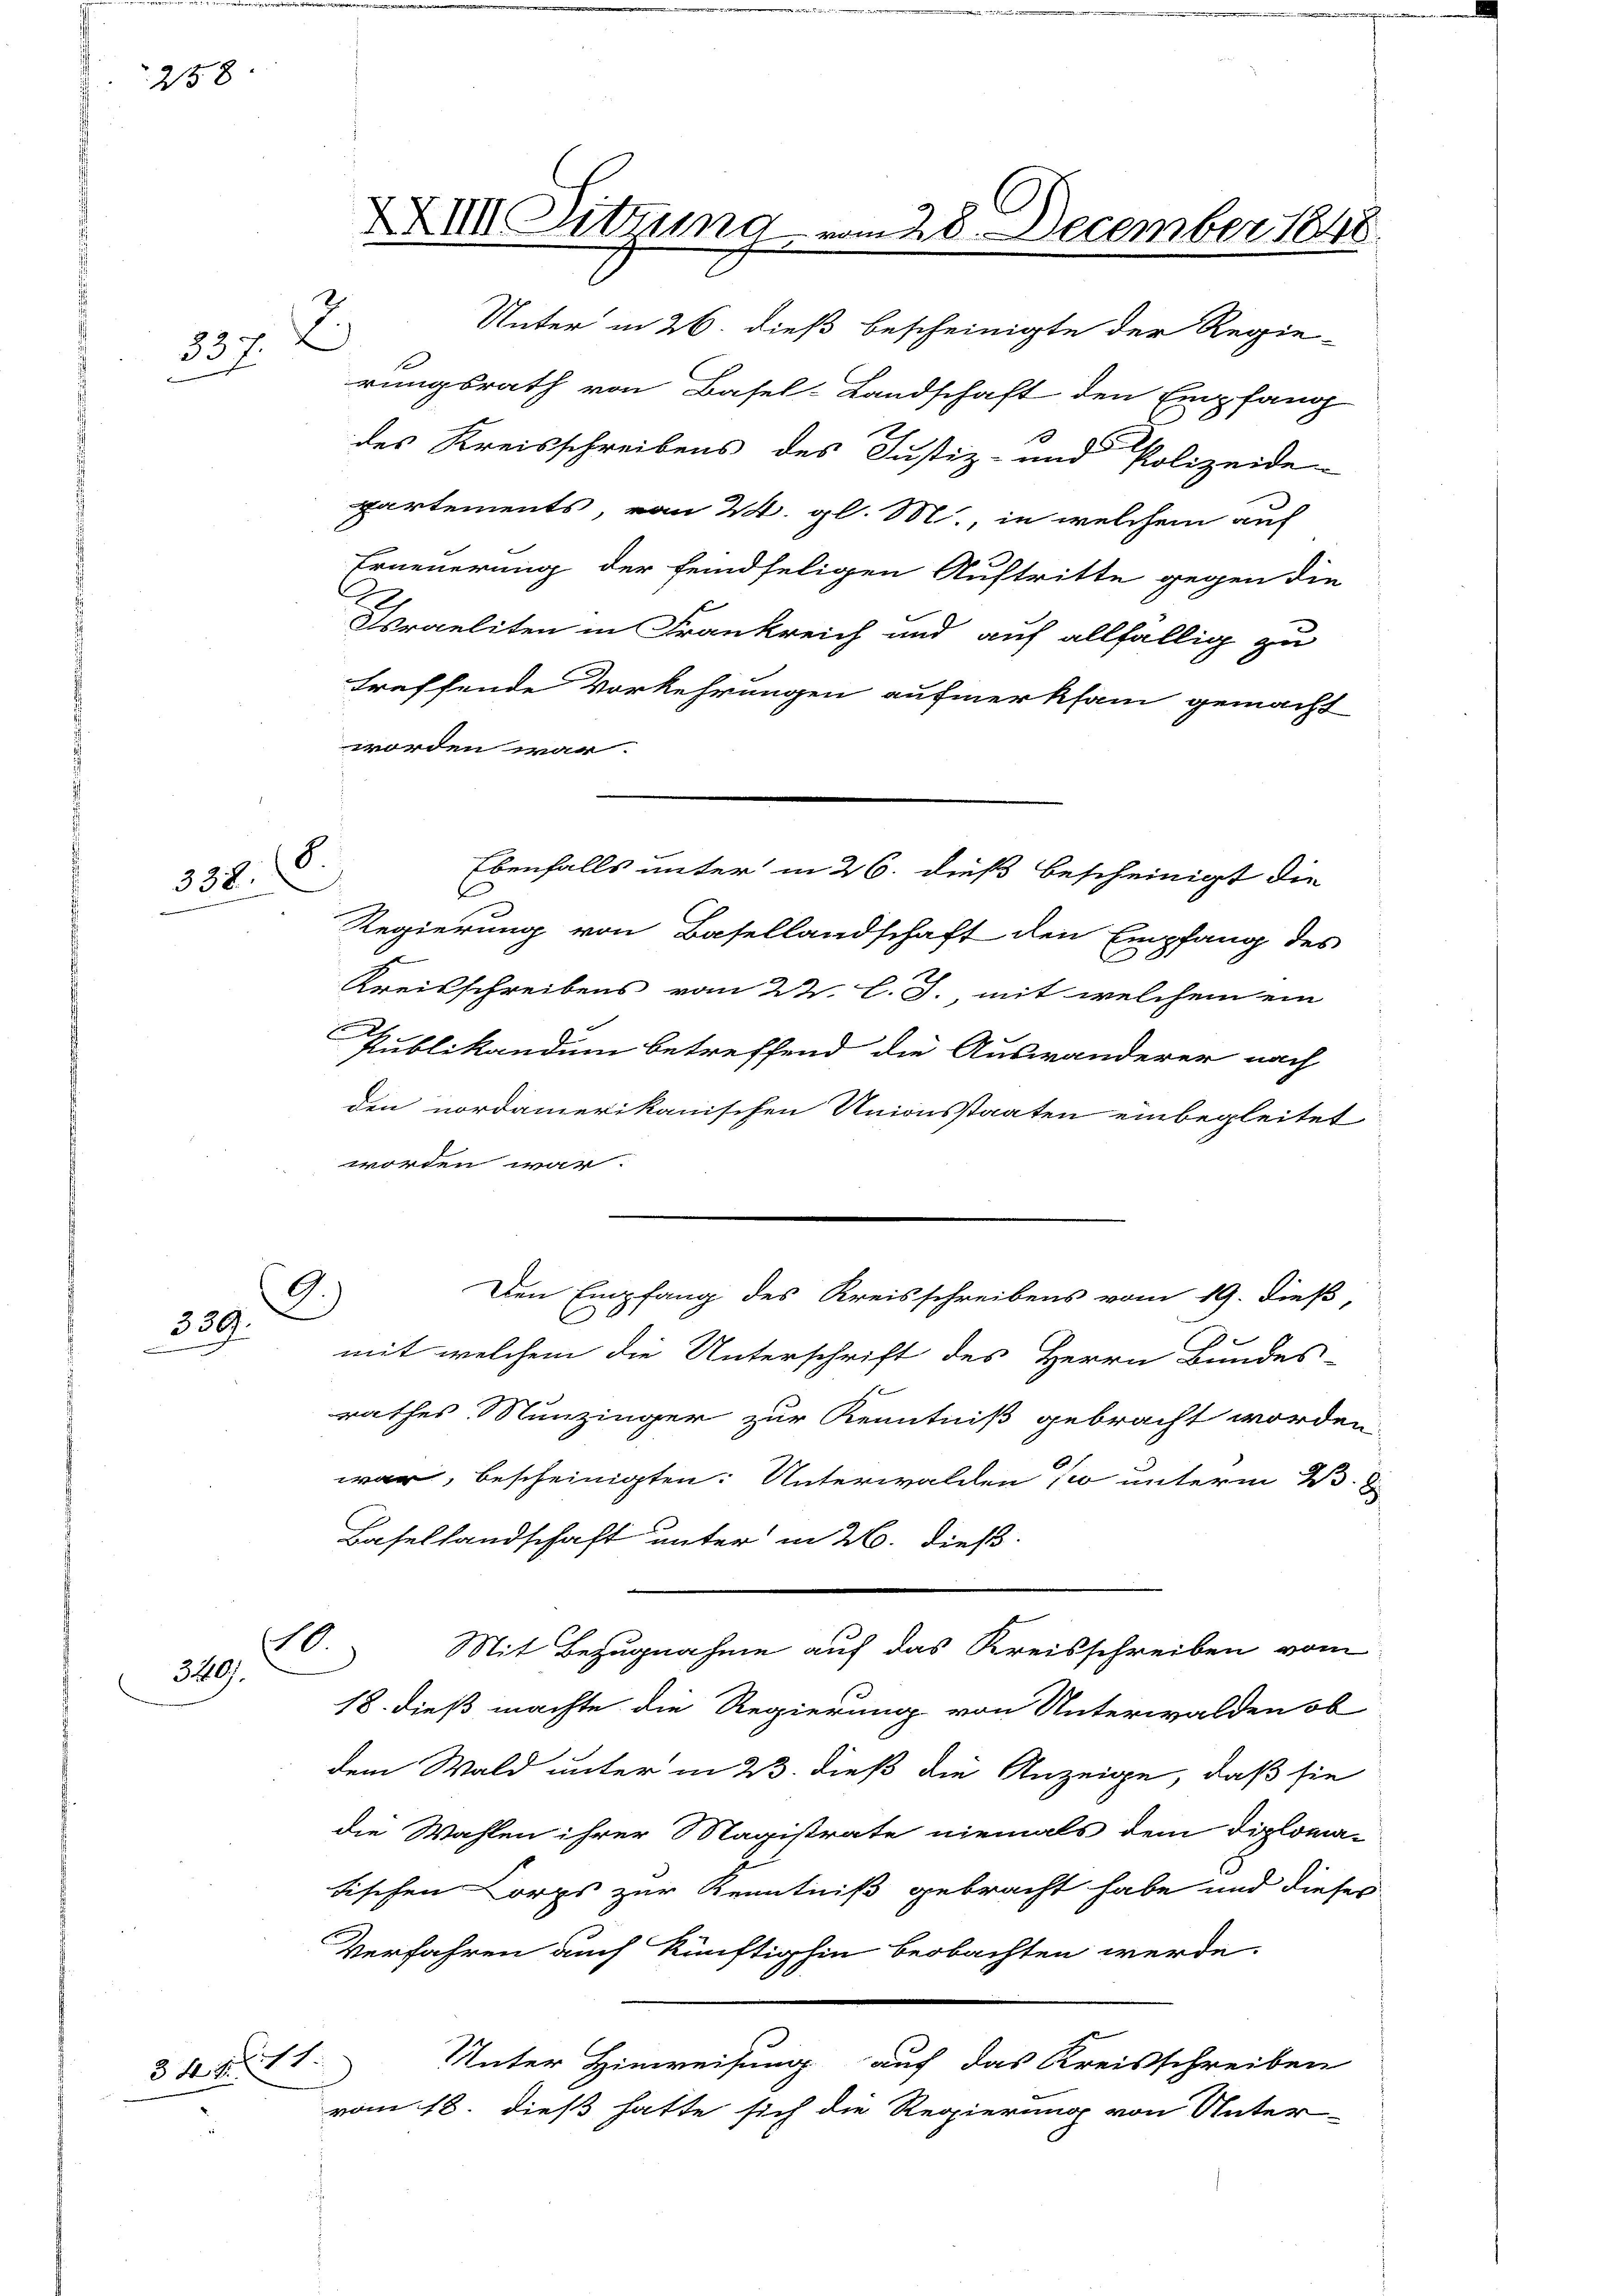
25 x

e

337. 7

8
338.

339.

320.

344. 11.

XXIII. Sitzung vom 28. December 1848.

Unter in 26. dieß bescheinigte der Regie-
rungsrath von Basel-Landschaft den Empfang
des Kreisschreibens des Justiz- und Polizeide
partements, vom 24. gl. M., in welchem auf
Erneuerung der feindseligen Auftritte gegen die
Fergeliten in Frankreich und auf allfällig zu
treffende Vorkehrungen aufmerksam gemacht
worden war.
d
Regierung von Basellandschaft den Empfang des
e
Kreisschreibens vom 22. l. J., mit welchem ein
Publikandum betreffend die Auswanderer nach
den nordamerikanischen Unionsstaaten einbegleitet
worten war.
6
Den Empfang des Kreisschreibens vom 19. dieß,
)
C
mit welchem die Unterschrift des Herrn Bundes-
1
rathes Munzinger zur Kenntniß gebracht worden.
war, bescheinigten: Unterwalden so unterm 23. J
Basellandschaft unter in 2. dieß
.
Mit Bezugnahme auf das Kreisschreiben vom
18. dieß machte die Regierung von Unterwalden ob
dem Wald unter in 23. dieß die Anzeige, daß sie
die Wahlen ihrer Magistrate niemals dem Diploma-
tischen Corps zur Kenntniß gebracht habe und dieses
Verfahren auch künftighin beobachten werde.
Unter Hinweisung auf das Kreisschreiben
vom 18. dieß hatte sich die Regierung von Unter-

Ebenfalls unter in 26. dieß bescheinigt die